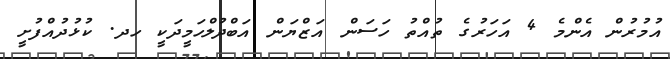
އުމުރުން އެންމެ 4 އަހަރުގެ ތުއްތު ހަސަން އަޒްޔަން އަބްދުލްހަމީދަކީ ހދ. ކުޅުދުއްފުށީ